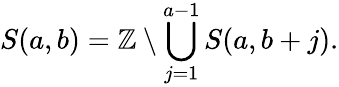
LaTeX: S(a,b)=\mathbb{Z}\setminus\bigcup_{j=1}^{a-1}S(a,b+j).